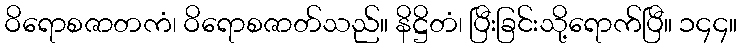
ဝိရောစဇာတကံ၊ ဝိရောစဇာတ်သည်။ နိဋ္ဌိတံ၊ ပြီးခြင်းသို့ရောက်ပြီ။ ၁၄၄။